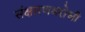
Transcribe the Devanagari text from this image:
संक्षारणबरोधी